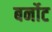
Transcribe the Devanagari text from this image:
बर्नोट